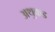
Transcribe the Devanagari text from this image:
अथुकड